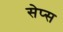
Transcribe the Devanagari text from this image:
सेप्स